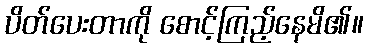
ပိတ်ပေးတာကို စောင့်ကြည့်နေမိ၏။